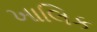
ખાલિક